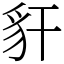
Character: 豻